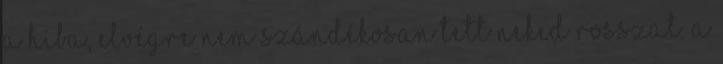
a hiba, elvégre nem szándékosan tett neked rosszat. A